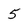
Character: 5